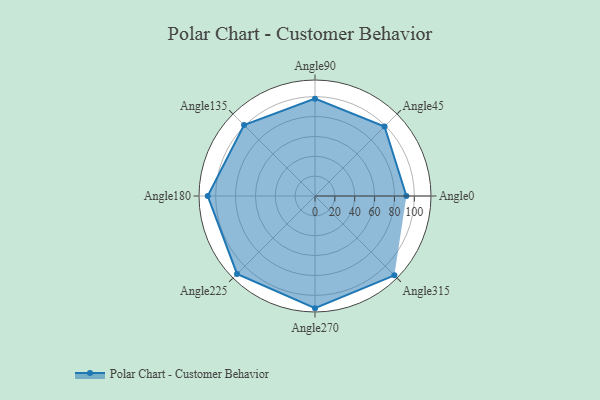
{"axis": {"x": "Angle", "y": "Radius"}, "legend": [""], "data": [{"x": "Angle0", "y": 92.0, "type": ""}, {"x": "Angle45", "y": 99.0, "type": ""}, {"x": "Angle90", "y": 98.0, "type": ""}, {"x": "Angle135", "y": 101.0, "type": ""}, {"x": "Angle180", "y": 108.0, "type": ""}, {"x": "Angle225", "y": 111.0, "type": ""}, {"x": "Angle270", "y": 113.0, "type": ""}, {"x": "Angle315", "y": 113.0, "type": ""}]}